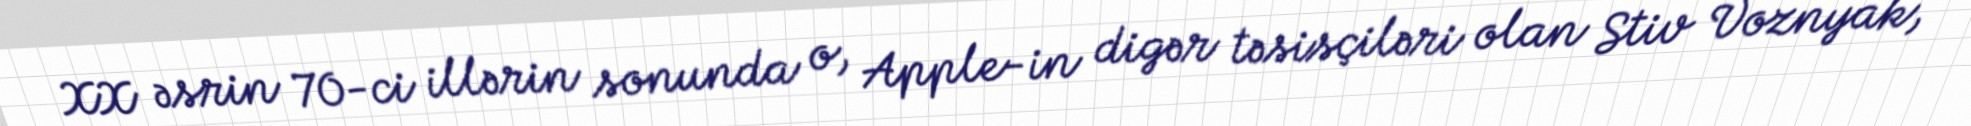
XX əsrin 70-ci illərin sonunda o, Apple-in digər təsisçiləri olan Stiv Voznyak,